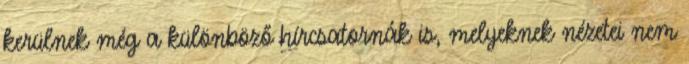
kerülnek még a különböző hírcsatornák is, melyeknek nézetei nem